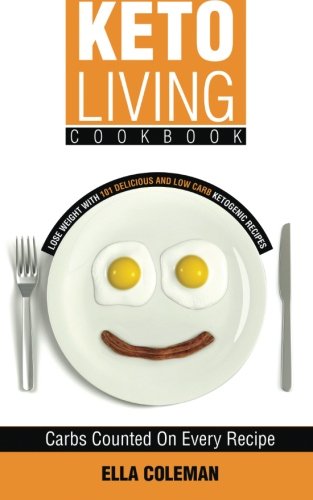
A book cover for Keto Living Cookbook: Lose Weight with 101 Delicious and Low Carb Ketogenic Recipes; Ella Coleman; Cookbooks, Food & Wine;